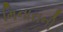
મિનારાની